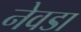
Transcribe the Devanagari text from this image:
नेवडा